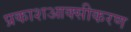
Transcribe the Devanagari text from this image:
प्रकाशआक्सीकरण